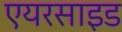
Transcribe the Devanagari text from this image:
एयरसाइड